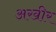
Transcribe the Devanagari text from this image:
अखीर